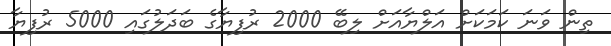
ތިން ވަނަ ކަމަކަށް އަލްޔާއަށް ލިބޭ 2000 ރުފިޔާގެ ބަދަލުގައި 5000 ރުފިޔާ